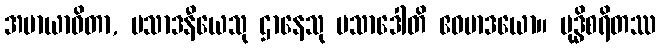
အမာယာဝိတာ, ပသာဒနီယေသု ဌာနေသု ပသာဒေါတိ ဧဝမာဒယော။ ဗုဒ္ဓိစရိတဿ